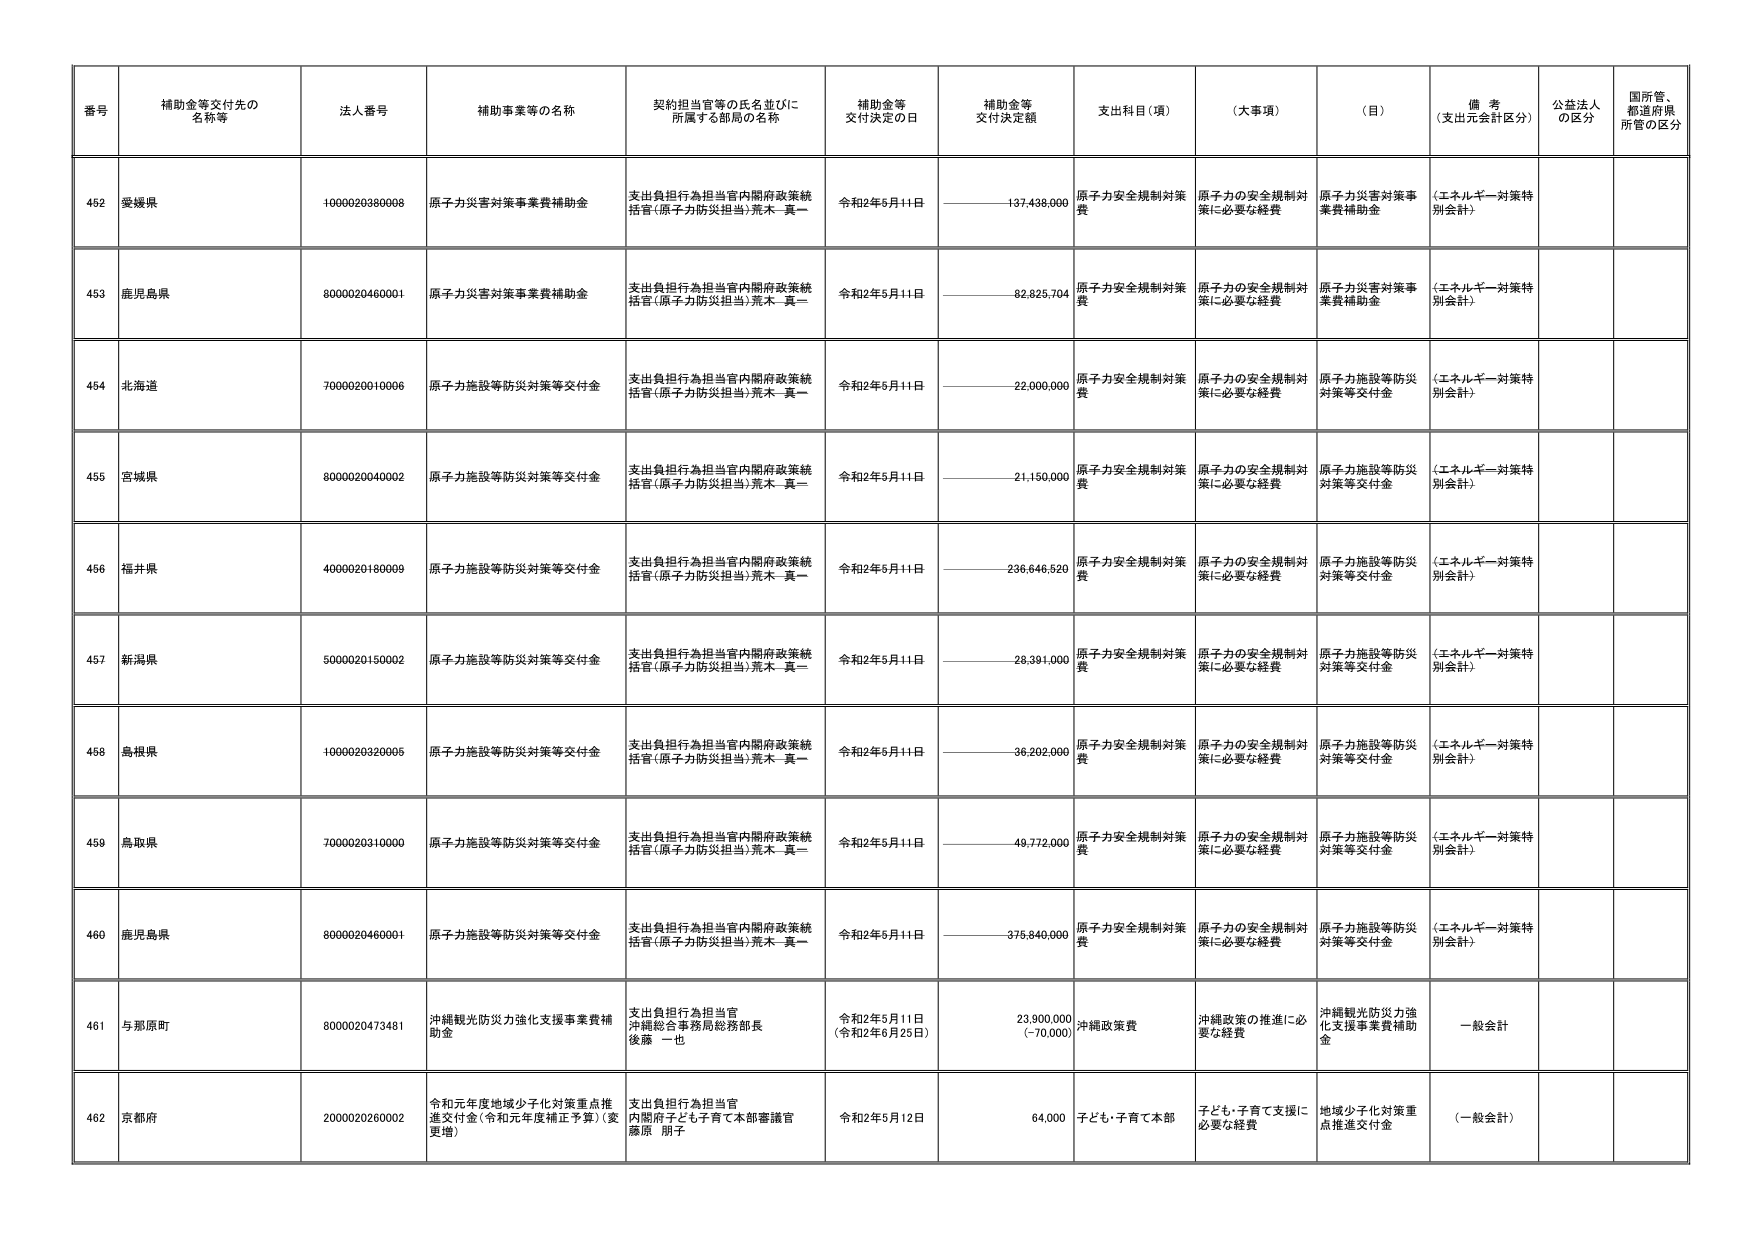
番号 補助金等交付先の名称等 法人番号 補助事業等の名称 契約担当官等の氏名並びに所属する部局の名称 補助金等交付決定の日 補助金等交付決定額 支出科目（項） （大事項） （目） 備考（支出元会計区分） 公益法人の区分 国所管、都道府県所管の区分

452 愛媛県 1000020380008 原子力災害対策事業費補助金 支出負担行為担当官内閣府政策統括官（原子力防災担当）荒木 真一 令和2年5月11日 137,438,000 原子力安全規制対策費 原子力の安全規制対策に必要な経費 原子力災害対策事業費補助金 （エネルギー対策特別会計）

453 鹿児島県 8000020460001 原子力災害対策事業費補助金 支出負担行為担当官内閣府政策統括官（原子力防災担当）荒木 真一 令和2年5月11日 82,825,704 原子力安全規制対策費 原子力の安全規制対策に必要な経費 原子力災害対策事業費補助金 （エネルギー対策特別会計）

454 北海道 7000020010006 原子力施設等防災対策等交付金 支出負担行為担当官内閣府政策統括官（原子力防災担当）荒木 真一 令和2年5月11日 22,000,000 原子力安全規制対策費 原子力の安全規制対策に必要な経費 原子力施設等防災対策等交付金 （エネルギー対策特別会計）

455 宮城県 8000020040002 原子力施設等防災対策等交付金 支出負担行為担当官内閣府政策統括官（原子力防災担当）荒木 真一 令和2年5月11日 21,150,000 原子力安全規制対策費 原子力の安全規制対策に必要な経費 原子力施設等防災対策等交付金 （エネルギー対策特別会計）

456 福井県 4000020180009 原子力施設等防災対策等交付金 支出負担行為担当官内閣府政策統括官（原子力防災担当）荒木 真一 令和2年5月11日 236,646,520 原子力安全規制対策費 原子力の安全規制対策に必要な経費 原子力施設等防災対策等交付金 （エネルギー対策特別会計）

457 新潟県 5000020150002 原子力施設等防災対策等交付金 支出負担行為担当官内閣府政策統括官（原子力防災担当）荒木 真一 令和2年5月11日 28,391,000 原子力安全規制対策費 原子力の安全規制対策に必要な経費 原子力施設等防災対策等交付金 （エネルギー対策特別会計）

458 島根県 1000020320005 原子力施設等防災対策等交付金 支出負担行為担当官内閣府政策統括官（原子力防災担当）荒木 真一 令和2年5月11日 36,202,000 原子力安全規制対策費 原子力の安全規制対策に必要な経費 原子力施設等防災対策等交付金 （エネルギー対策特別会計）

459 鳥取県 7000020310000 原子力施設等防災対策等交付金 支出負担行為担当官内閣府政策統括官（原子力防災担当）荒木 真一 令和2年5月11日 49,772,000 原子力安全規制対策費 原子力の安全規制対策に必要な経費 原子力施設等防災対策等交付金 （エネルギー対策特別会計）

460 鹿児島県 8000020460001 原子力施設等防災対策等交付金 支出負担行為担当官内閣府政策統括官（原子力防災担当）荒木 真一 令和2年5月11日 375,840,000 原子力安全規制対策費 原子力の安全規制対策に必要な経費 原子力施設等防災対策等交付金 （エネルギー対策特別会計）

461 与那原町 8000020473481 沖縄観光防災力強化支援事業費補助金 支出負担行為担当官沖縄総合事務局総務部長後藤 一也 令和2年5月11日（令和2年6月23日） 23,900,000（-70,000） 沖縄政策費 沖縄政策の推進に必要な経費 沖縄観光防災力強化支援事業費補助金 一般会計

462 京都府 2000020260002 令和元年度地域少子化対策重点推進交付金（令和元年度補正予算）（変更増） 支出負担行為担当官内閣府子ども子育て本部審議官藤原 朋子 令和2年5月12日 64,000 子ども・子育て本部 子ども・子育て支援に必要な経費 地域少子化対策重点推進交付金 （一般会計）